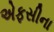
એફસીના